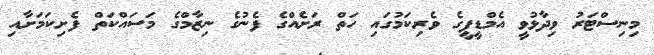
މިނިސްޓަރު ވިދާޅުވީ އެމްޑީޕީގެ ވެރިކަމުގައި ހަތް ރަށެއްގެ ފެނުގެ ނިޒާމްގެ މަސައްކަތް ފެށިކަމަށާއި